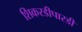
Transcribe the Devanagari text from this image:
शिकरडीपारडी